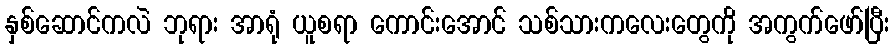
နှစ်ဆောင်ကလဲ ဘုရား အာရုံ ယူစရာ ကောင်းအောင် သစ်သားကလေးတွေကို အကွက်ဖော်ပြီး